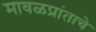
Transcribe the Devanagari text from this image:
मावळप्रांताचे